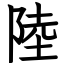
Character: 陸